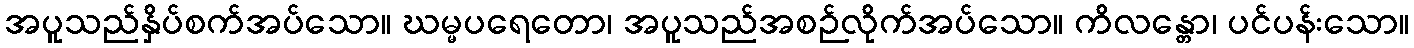
အပူသည်နှိပ်စက်အပ်သော။ ဃမ္မပရေတော၊ အပူသည်အစဉ်လိုက်အပ်သော။ ကိလန္တော၊ ပင်ပန်းသော။